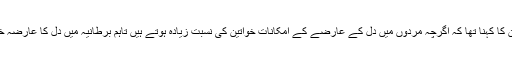
اس سے منسلک ایک اور اداریہ میں محققین کا کہنا تھا کہ اگرچہ مردوں میں دل کے عارضے کے امکانات خواتین کی نسبت زیادہ ہوتے ہیں تاہم برطانیہ میں دل کا عارضہ خواتین کے لیے زیادہ جان لیوا ثابت ہوا ہے۔